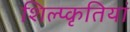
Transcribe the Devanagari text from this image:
शिल्प्कृतियां